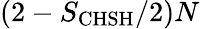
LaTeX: (2-S_{\mathrm{CHSH}}/2)N